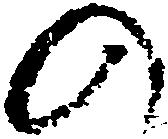
の